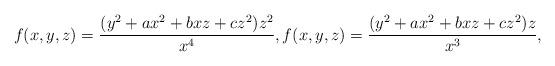
LaTeX: \begin{gather*}f(x,y,z)=\dfrac{(y^2+ax^2+bxz+cz^2)z^2}{x^{4}},f(x,y,z)=\dfrac{(y^2+ax^2+bxz+cz^2)z}{x^{3}},\\\end{gather*}